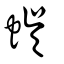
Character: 蜈